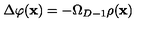
\Delta \varphi ( { \bf x } ) = - \Omega _ { D - 1 } \rho ( { \bf x } )